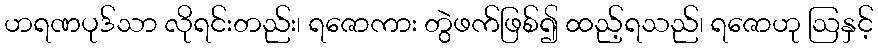
ဟရဏပုဒ်သာ လိုရင်းတည်း၊ ရဇောကား တွဲဖက်ဖြစ်၍ ထည့်ရသည်၊ ရဇောဟု ဩနှင့်